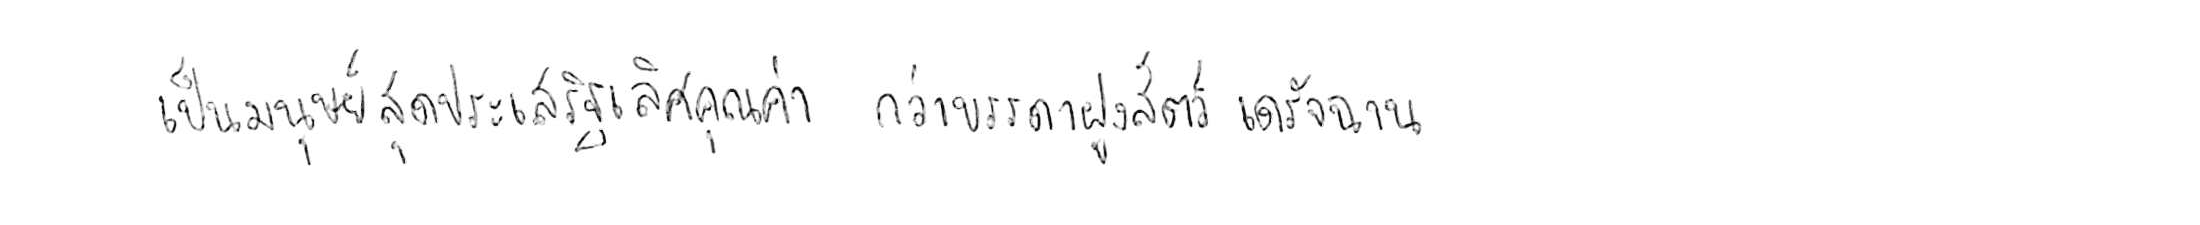
เป็นมนุษย์สุดประเสริฐเลิศคุณค่า กว่าบรรดาฝูงสัตว์เดรัจฉาน